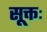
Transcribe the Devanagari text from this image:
सूक्तः